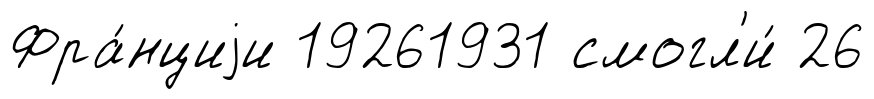
Фра́нциjи 19261931 смогл'и́ 26